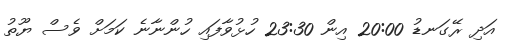
އަދި ރޭގަނޑު 20:00 އިން 23:30 ހުޅުވާފައި ހުންނާނެ ކަމަށް ވެސް ޔޫތު